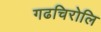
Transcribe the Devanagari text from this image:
गढचिरोलि